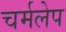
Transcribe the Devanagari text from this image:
चर्मलेप